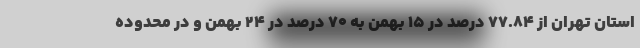
استان تهران از ۷۷.۸۴ درصد در ۱۵ بهمن به ۷۰ درصد در ۲۴ بهمن و در محدوده